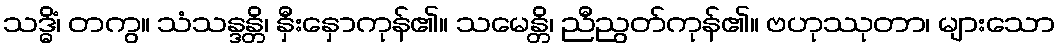
သဒ္ဓိံ၊ တကွ။ သံသန္ဒန္တိ၊ နှီးနှောကုန်၏။ သမေန္တိ၊ ညီညွတ်ကုန်၏။ ဗဟုဿုတာ၊ များသော